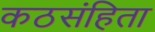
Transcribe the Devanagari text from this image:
कठसंहिता